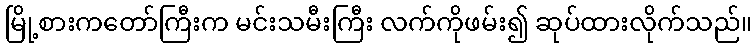
မြို့စားကတော်ကြီးက မင်းသမီးကြီး လက်ကိုဖမ်း၍ ဆုပ်ထားလိုက်သည်။